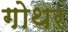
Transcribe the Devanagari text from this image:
गोथर